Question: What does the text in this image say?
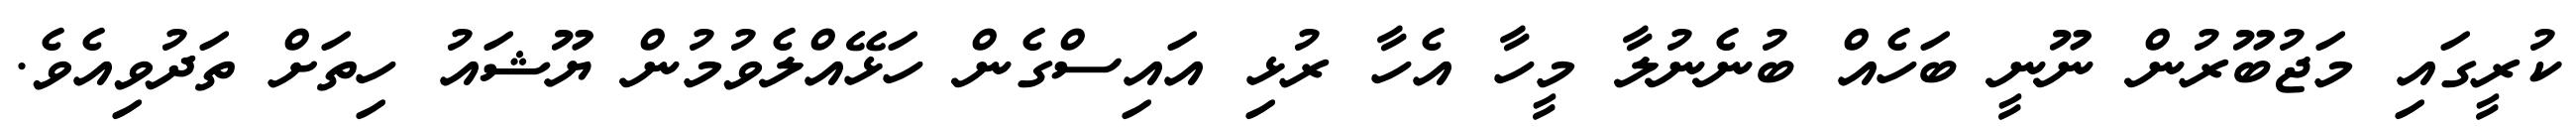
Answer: ކުރީގައި މަޖުބޫރުން ނޫނީ ބަހެއް ބުނެނުލާ މީހާ އެހާ ރުޅި އައިސްގެން ހަޅޭއްލެވުމުން ޔޫޝައު ހިތަށް ތަދުވިއެވެ.